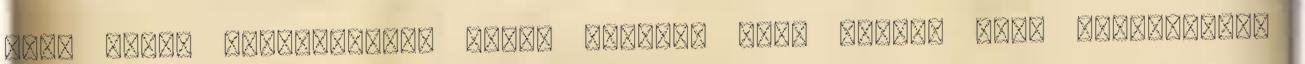
Akár falba sülyesztett, falra szerelt vagy padlón álló változatban